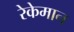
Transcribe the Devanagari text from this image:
रेकेमान